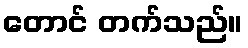
တောင် တက်သည်။